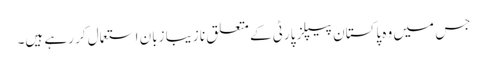
جس میں وہ پاکستان پیپلز پارٹی کے متعلق نا زیبا زبان استعمال کر رہے ہیں۔